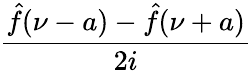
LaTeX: \frac{{\hat{f}}(\nu-a)-{\hat{f}}(\nu+a)}{2i}